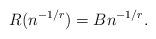
LaTeX: \begin{align*} R(n^{-1/r})=Bn^{-1/r}. \end{align*}